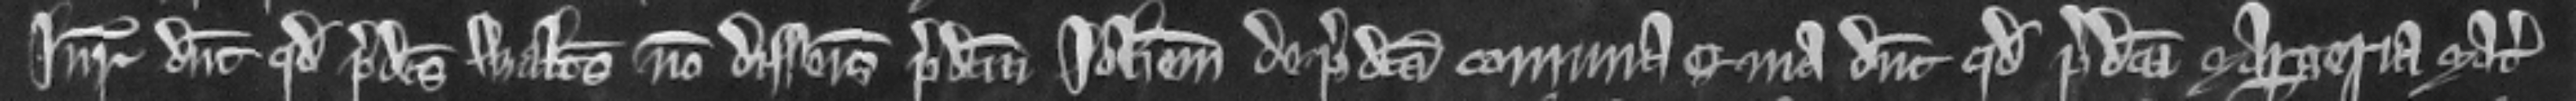
Iuratores dicunt quod predictus Walterus non disseisivit predictum Iohannem de predicta communa quia dicunt quod predicta Margeria mater